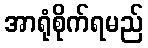
အာရုံစိုက်ရမည်